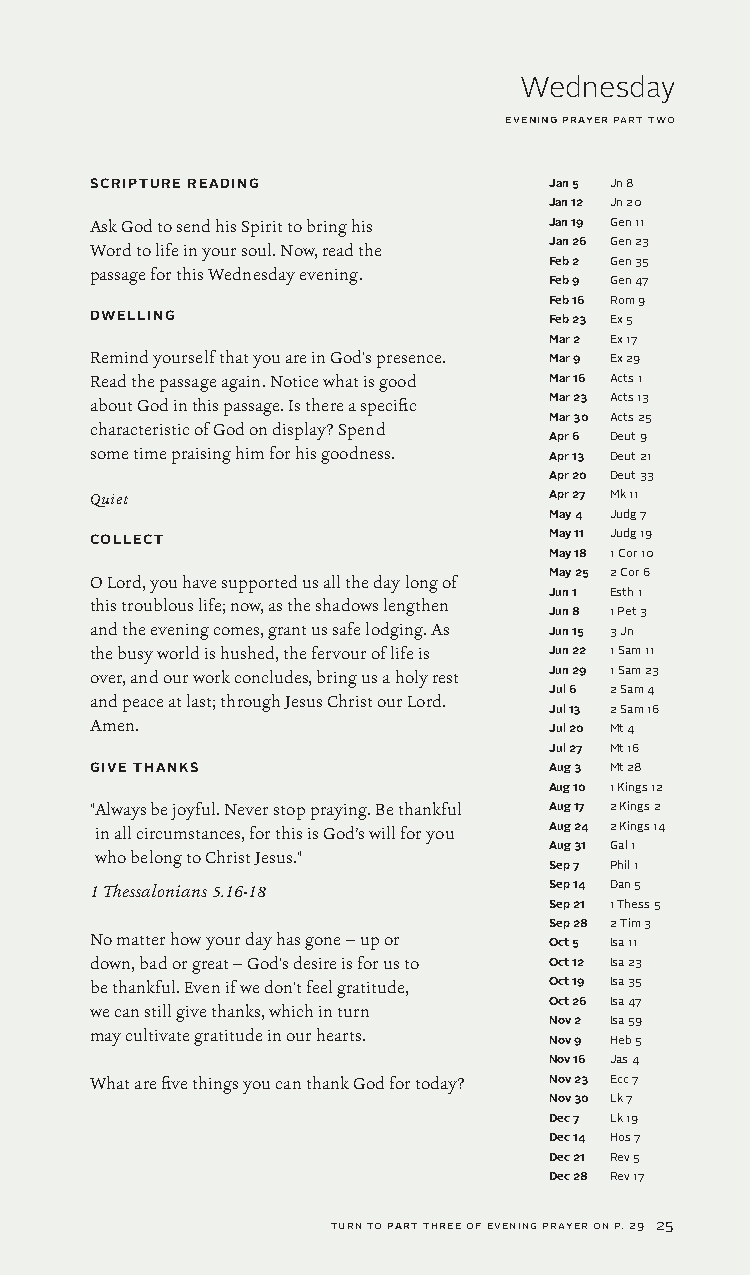
Wednesday
 evening prayer part two
 SCRIPTURE READING             Jan 5 Jn 8
 Jan 12 Jn 20
 Ask God to send his Spirit to bring his Jan 19 Gen 11
 Word to life in your soul. Now, read the Jan 26 Gen 23
 Feb 2 Gen 35
 passage for this Wednesday evening.
 Feb 9 Gen 47
 Feb 16 Rom 9
 DWELLING                      Feb 23 Ex 5
 Mar 2 Ex 17
 Remind yourself that you are in God's presence. Mar 9 Ex 29
 Read the passage again. Notice what is good Mar 16 Acts 1
 about God in this passage. Is there a specific Mar 23 Acts 13
 Mar 30 Acts 25
 characteristic of God on display? Spend
 Apr 6 Deut 9
 some time praising him for his goodness. Apr 13 Deut 21
 Apr 20 Deut 33
 Quiet                         Apr 27 Mk 11
 May 4 Judg 7
 COLLECT                       May 11 Judg 19
 May 18 1 Cor 10
 May 25 2 Cor 6
 O Lord, you have supported us all the day long of
 Jun 1 Esth 1
 this troublous life; now, as the shadows lengthen
 Jun 8 1 Pet 3
 and the evening comes, grant us safe lodging. As Jun 15 3 Jn
 the busy world is hushed, the fervour of life is Jun 22 1 Sam 11
 over, and our work concludes, bring us a holy rest Jun 29 1 Sam 23
 Jul 6 2 Sam 4
 and peace at last; through Jesus Christ our Lord.
 Jul 13 2 Sam 16
 Amen.                         Jul 20 Mt 4
 Jul 27 Mt 16
 GIVE THANKS                   Aug 3 Mt 28
 Aug 10 1 Kings 12
 " Always be joyful. Never stop praying. Be thankful Aug 17 2 Kings 2
 in all circumstances, for this is God’s will for you Aug 24 2 Kings 14
 Aug 31 Gal 1
 who belong to Christ Jesus."
 Sep 7 Phil 1
 1 Thessalonians 5.16-18       Sep 14 Dan 5
 Sep 21 1 Thess 5
 Sep 28 2 Tim 3
 No matter how your day has gone — up or Oct 5 Isa 11
 down, bad or great — God's desire is for us to Oct 12 Isa 23
 be thankful. Even if we don't feel gratitude, Oct 19 Isa 35
 Oct 26 Isa 47
 we can still give thanks, which in turn
 Nov 2 Isa 59
 may cultivate gratitude in our hearts.
 Nov 9 Heb 5
 Nov 16 Jas 4
 What are five things you can thank God for today? Nov 23 Ecc 7
 Nov 30 Lk 7
 Dec 7 Lk 19
 Dec 14 Hos 7
 Dec 21 Rev 5
 Dec 28 Rev 17
 turn to part three of evening prayer on p. 29 25